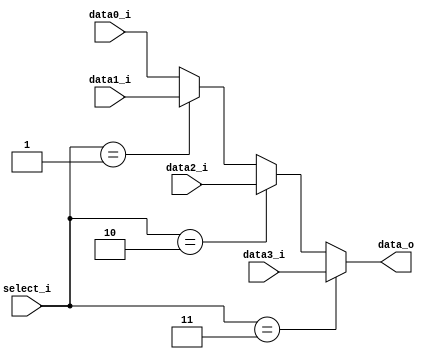
//Subject:     CO project 3 - MUX 321
//--------------------------------------------------------------------------------
//Version:     1
//--------------------------------------------------------------------------------
//Writer:      0516003
//----------------------------------------------
//Date:        
//----------------------------------------------
//Description: 
//--------------------------------------------------------------------------------
     
module MUX_4to1(
               data0_i,
               data1_i,
               data2_i,
               data3_i,
               select_i,
               data_o
               );

parameter size = 0;			   
			
//I/O ports               
input   [size-1:0] data0_i;          
input   [size-1:0] data1_i;
input   [size-1:0] data2_i;
input   [size-1:0] data3_i;
input   [1:0]  select_i;
output  [size-1:0] data_o; 

//Internal Signals
reg     [size-1:0] data_o;

//Main function
always @(*) begin
	if(select_i==2'd3)
		data_o<=data3_i;
	else if(select_i==2'd2)
		data_o<=data2_i;
	else if(select_i==2'd1)
		data_o<=data1_i;
	else
		data_o<=data0_i;
end

endmodule